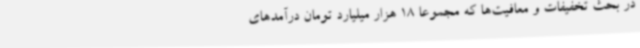
در بحث تخفیفات و معافیت‌ها که مجموعا 18 هزار میلیارد تومان درآمدهای